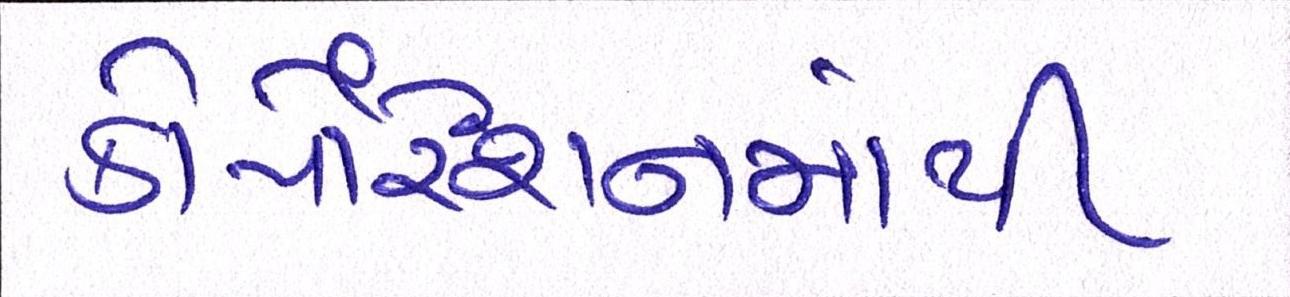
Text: કોર્પોરેશનમાંથી